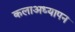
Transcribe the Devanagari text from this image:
कलाअध्यापन